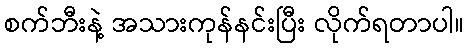
စက်ဘီးနဲ့ အသားကုန်နင်းပြီး လိုက်ရတာပါ။